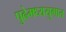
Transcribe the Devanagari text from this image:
पुढेमध्ययुगात